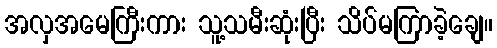
အလှအမေကြီးကား သူ့သမီးဆုံးပြီး သိပ်မကြာခဲ့ချေ။